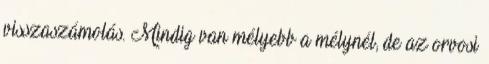
visszaszámolás. Mindig van mélyebb a mélynél, de az orvosi